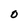
Character: O